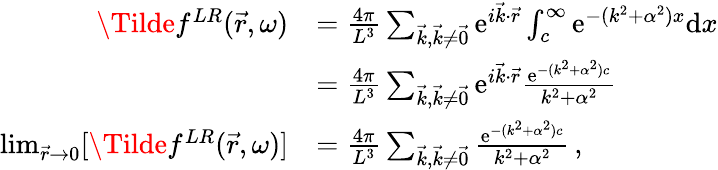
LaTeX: \begin{array}{rl}{\Tilde{f}^{LR}(\vec{r},\omega)}&{=\frac{4\pi}{L^{3}}\sum_{\vec{k},\vec{k}\neq\vec{0}}\mathrm{e}^{i\vec{k}\cdot\vec{r}}\int_{c}^{\infty}\mathrm{e}^{-(k^{2}+\alpha^{2})x}\mathrm{d}x}\\ &{=\frac{4\pi}{L^{3}}\sum_{\vec{k},\vec{k}\neq\vec{0}}\mathrm{e}^{i\vec{k}\cdot\vec{r}}\frac{\mathrm{e}^{-(k^{2}+\alpha^{2})c}}{k^{2}+\alpha^{2}}}\\ {\operatorname*{lim}_{\vec{r}\to 0}[\Tilde{f}^{LR}(\vec{r},\omega)]}&{=\frac{4\pi}{L^{3}}\sum_{\vec{k},\vec{k}\neq\vec{0}}\frac{\mathrm{e}^{-(k^{2}+\alpha^{2})c}}{k^{2}+\alpha^{2}}\, ,}\end{array}